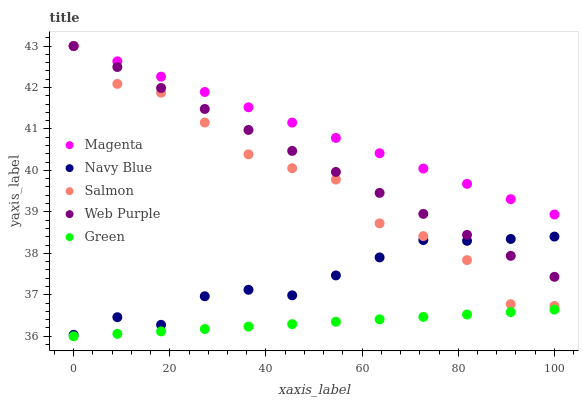
| xaxis_label | Magenta | Navy Blue | Salmon | Web Purple | Green |
 | --- | --- | --- | --- | --- | --- |
 | 0 | 43 | 36 | 43 | 43 | 36 |
 | 9.09 | 42.6 | 36.5 | 42.1 | 42.5 | 36.1 |
 | 18.2 | 42.3 | 36.3 | 41.9 | 42 | 36.1 |
 | 27.3 | 41.9 | 37 | 41.2 | 41.5 | 36.2 |
 | 36.4 | 41.5 | 37.1 | 40.4 | 41 | 36.2 |
 | 45.5 | 41.2 | 37 | 40.1 | 40.5 | 36.3 |
 | 54.5 | 40.8 | 37.5 | 39.8 | 40 | 36.4 |
 | 63.6 | 40.4 | 37.9 | 38.7 | 39.5 | 36.4 |
 | 72.7 | 40 | 38.3 | 38.4 | 39 | 36.5 |
 | 81.8 | 39.7 | 38.3 | 37.8 | 38.4 | 36.5 |
 | 90.9 | 39.3 | 38.3 | 36.8 | 37.9 | 36.6 |
 | 100 | 38.9 | 38.4 | 36.7 | 37.4 | 36.6 |